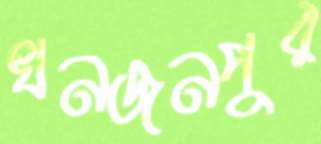
খনজনপুর